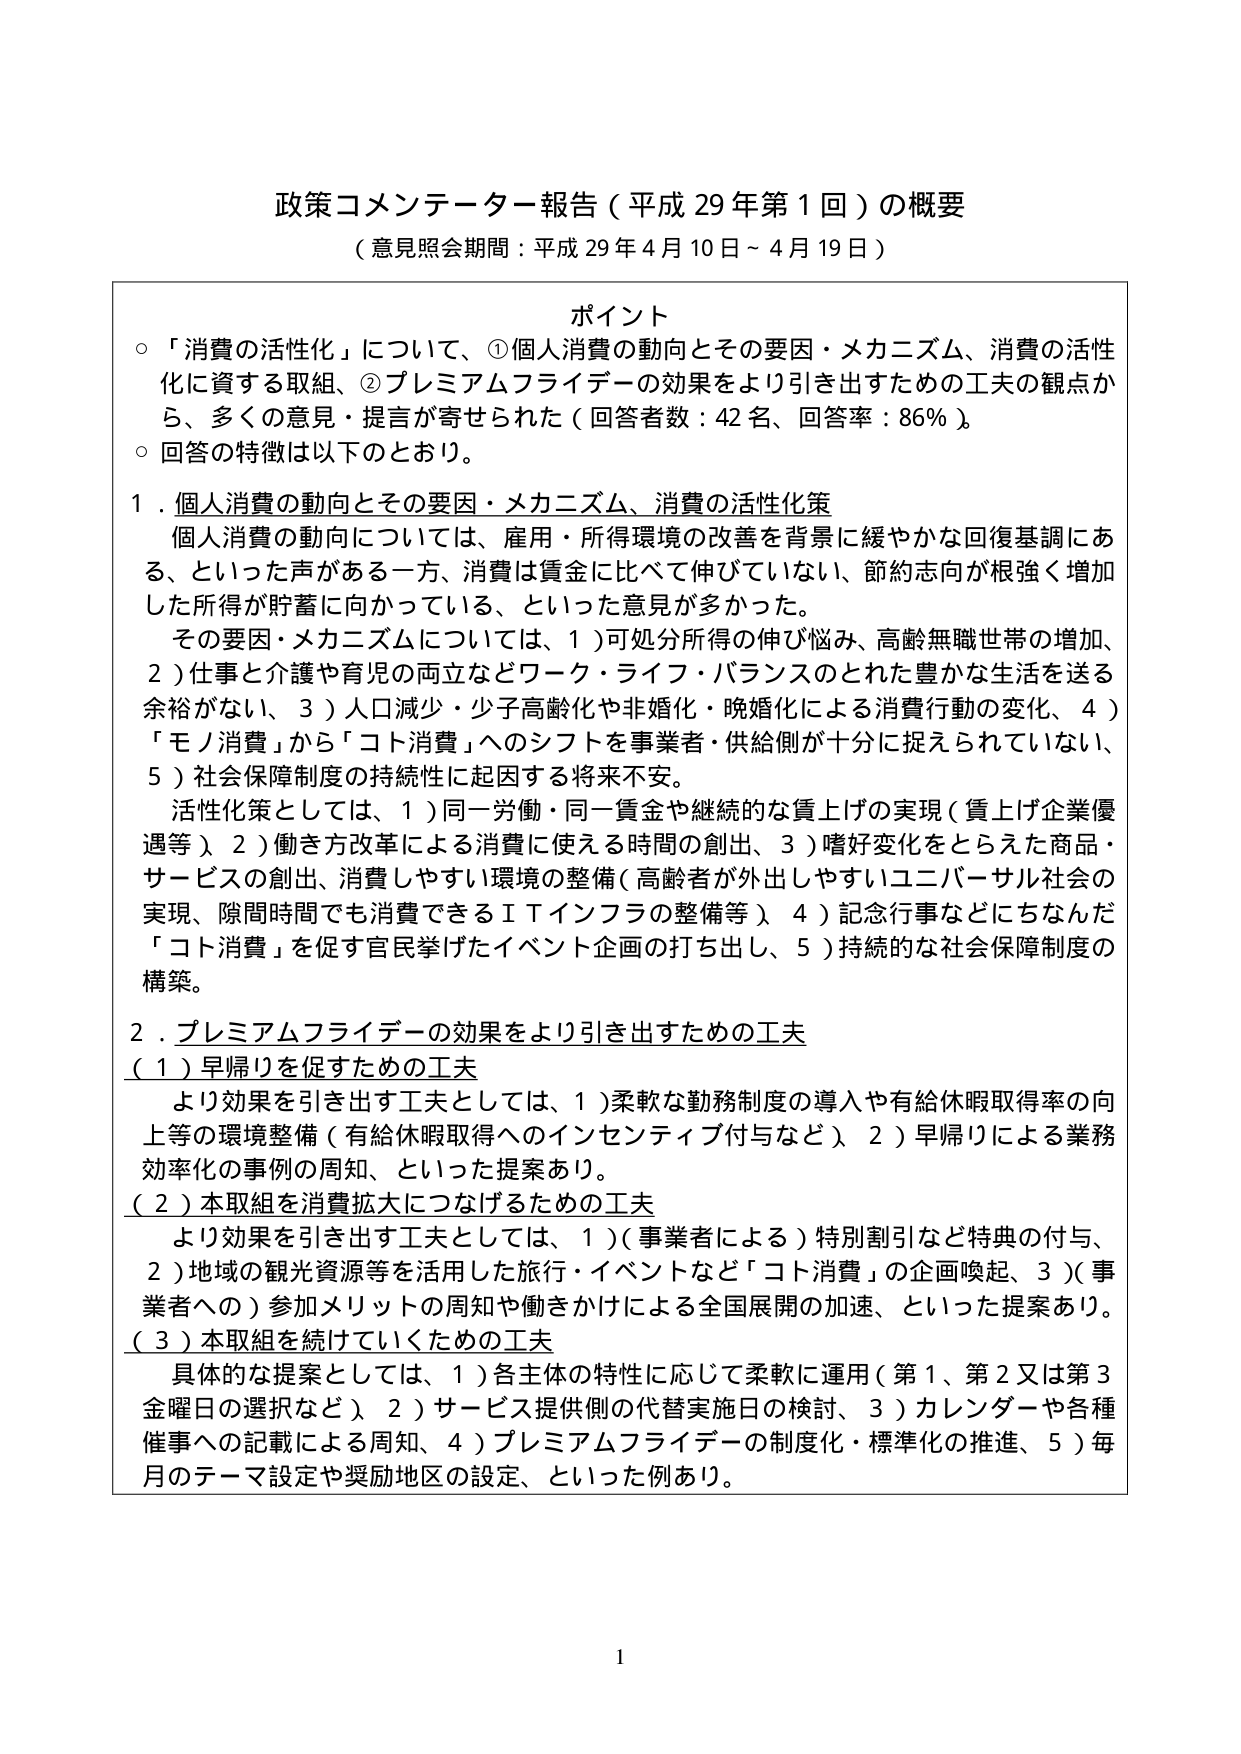
政策コメンテーター報告（平成29年第1回）の概要
（意見照会期間：平成29年4月10日～4月19日）

ポイント
○「消費の活性化」について、①個人消費の動向とその要因・メカニズム、消費の活性化に資する取組、②プレミアムフライデーの効果をより引き出すための工夫の観点から、多くの意見・提言が寄せられた（回答者数：42名、回答率：86％）。
○回答の特徴は以下のとおり。

1．個人消費の動向とその要因・メカニズム、消費の活性化策
　個人消費の動向については、雇用・所得環境の改善を背景に緩やかな回復基調にある、といった声がある一方、消費は賃金に比べて伸びていない、節約志向が根強く増加した所得が貯蓄に向かっている、といった意見が多かった。
　その要因・メカニズムについては、1）可処分所得の伸び悩み、高齢無職世帯の増加、2）仕事と介護や育児の両立などワーク・ライフ・バランスのとれた豊かな生活を送る余裕がない、3）人口減少・少子高齢化や非婚化・晩婚化による消費行動の変化、4）「モノ消費」から「コト消費」へのシフトを事業者・供給側が十分に捉えられていない、5）社会保障制度の持続性に起因する将来不安。
　活性化策としては、1）同一労働・同一賃金や継続的な賃上げの実現（賃上げ企業優遇等）、2）働き方改革による消費に使える時間の創出、3）嗜好変化をとらえた商品・サービスの創出、消費しやすい環境の整備（高齢者が外出しやすいユニバーサル社会の実現、隙間時間でも消費できるＩＴインフラの整備等）、4）記念行事などにちなんだ「コト消費」を促す官民挙げたイベント企画の打ち出し、5）持続的な社会保障制度の構築。

2．プレミアムフライデーの効果をより引き出すための工夫
（1）早帰りを促すための工夫
　より効果を引き出す工夫としては、1）柔軟な勤務制度の導入や有給休暇取得率の向上等の環境整備（有給休暇取得へのインセンティブ付与など）、2）早帰りによる業務効率化の事例の周知、といった提案あり。
（2）本取組を消費拡大につなげるための工夫
　より効果を引き出す工夫としては、1）（事業者による）特別割引など特典の付与、2）地域の観光資源等を活用した旅行・イベントなど「コト消費」の企画喚起、3）（事業者への）参加メリットの周知や働きかけによる全国展開の加速、といった提案あり。
（3）本取組を続けていくための工夫
　具体的な提案としては、1）各主体の特性に応じて柔軟に運用（第1、第2又は第3金曜日の選択など）、2）サービス提供側の代替実施日の検討、3）カレンダーや各種催事への記載による周知、4）プレミアムフライデーの制度化・標準化の推進、5）毎月のテーマ設定や奨励地区の設定、といった例あり。

1